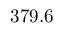
3 7 9 . 6